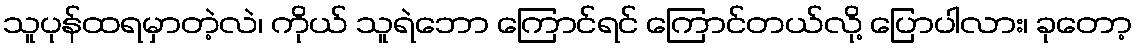
သူပုန်ထရမှာတဲ့လဲ၊ ကိုယ် သူရဲဘော ကြောင်ရင် ကြောင်တယ်လို့ ပြောပါလား၊ ခုတော့